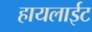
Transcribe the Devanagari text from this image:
हायलाईट